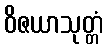
ဝိဇယာသုတ္တံ